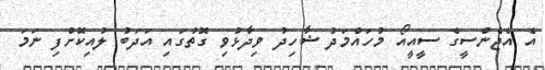
އެ އެޖެންސީގެ ސީއީއޯ މުހައްމަދު ޝާހިދު ވިދާޅުވި ގޮތުގައި އަދަބު ލުއިކޮށްފި ނަމަ